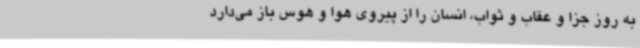
به روز جزا و عقاب و ثواب، انسان را از پیروی هوا و هوس باز می‌دارد